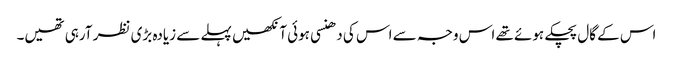
اس کے گال پچکے ہوئے تھے اس وجہ سے اس کی دھنسی ہوئی آنکھیں پہلے سے زیادہ بڑی نظر آرہی تھیں۔